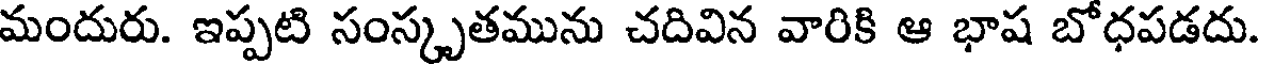
మందురు. ఇప్పటి సంస్కృతమును చదివిన వారికి ఆ భాష బోధపడదు.